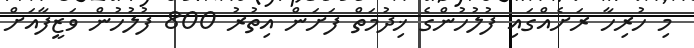
މި ހުރިހާ ރަށެއްގައި ފުލުހުންގެ ޚިދުމަތް ފަށަން އިތުރު 800 ފުލުހުން ވަޒީފާއަށް